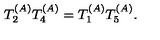
T _ { 2 } ^ { ( A ) } T _ { 4 } ^ { ( A ) } = T _ { 1 } ^ { ( A ) } T _ { 5 } ^ { ( A ) } .